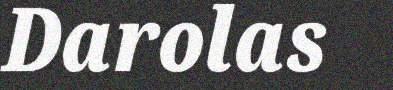
Darolas